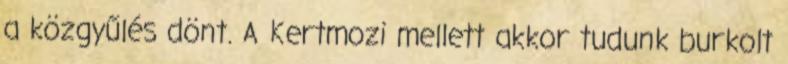
a közgyűlés dönt. A Kertmozi mellett akkor tudunk burkolt